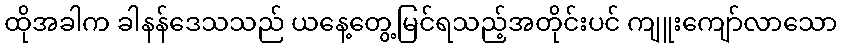
ထိုအခါက ခါနန်ဒေသသည် ယနေ့တွေ့မြင်ရသည့်အတိုင်းပင် ကျူးကျော်လာသော